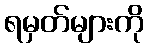
ရမှတ်များကို